DOW-UAP-D64, Mission Report, Iran, November 2020
Agency: Department of War
Incident date: 11/2/20
Incident location: Iran
Page 7
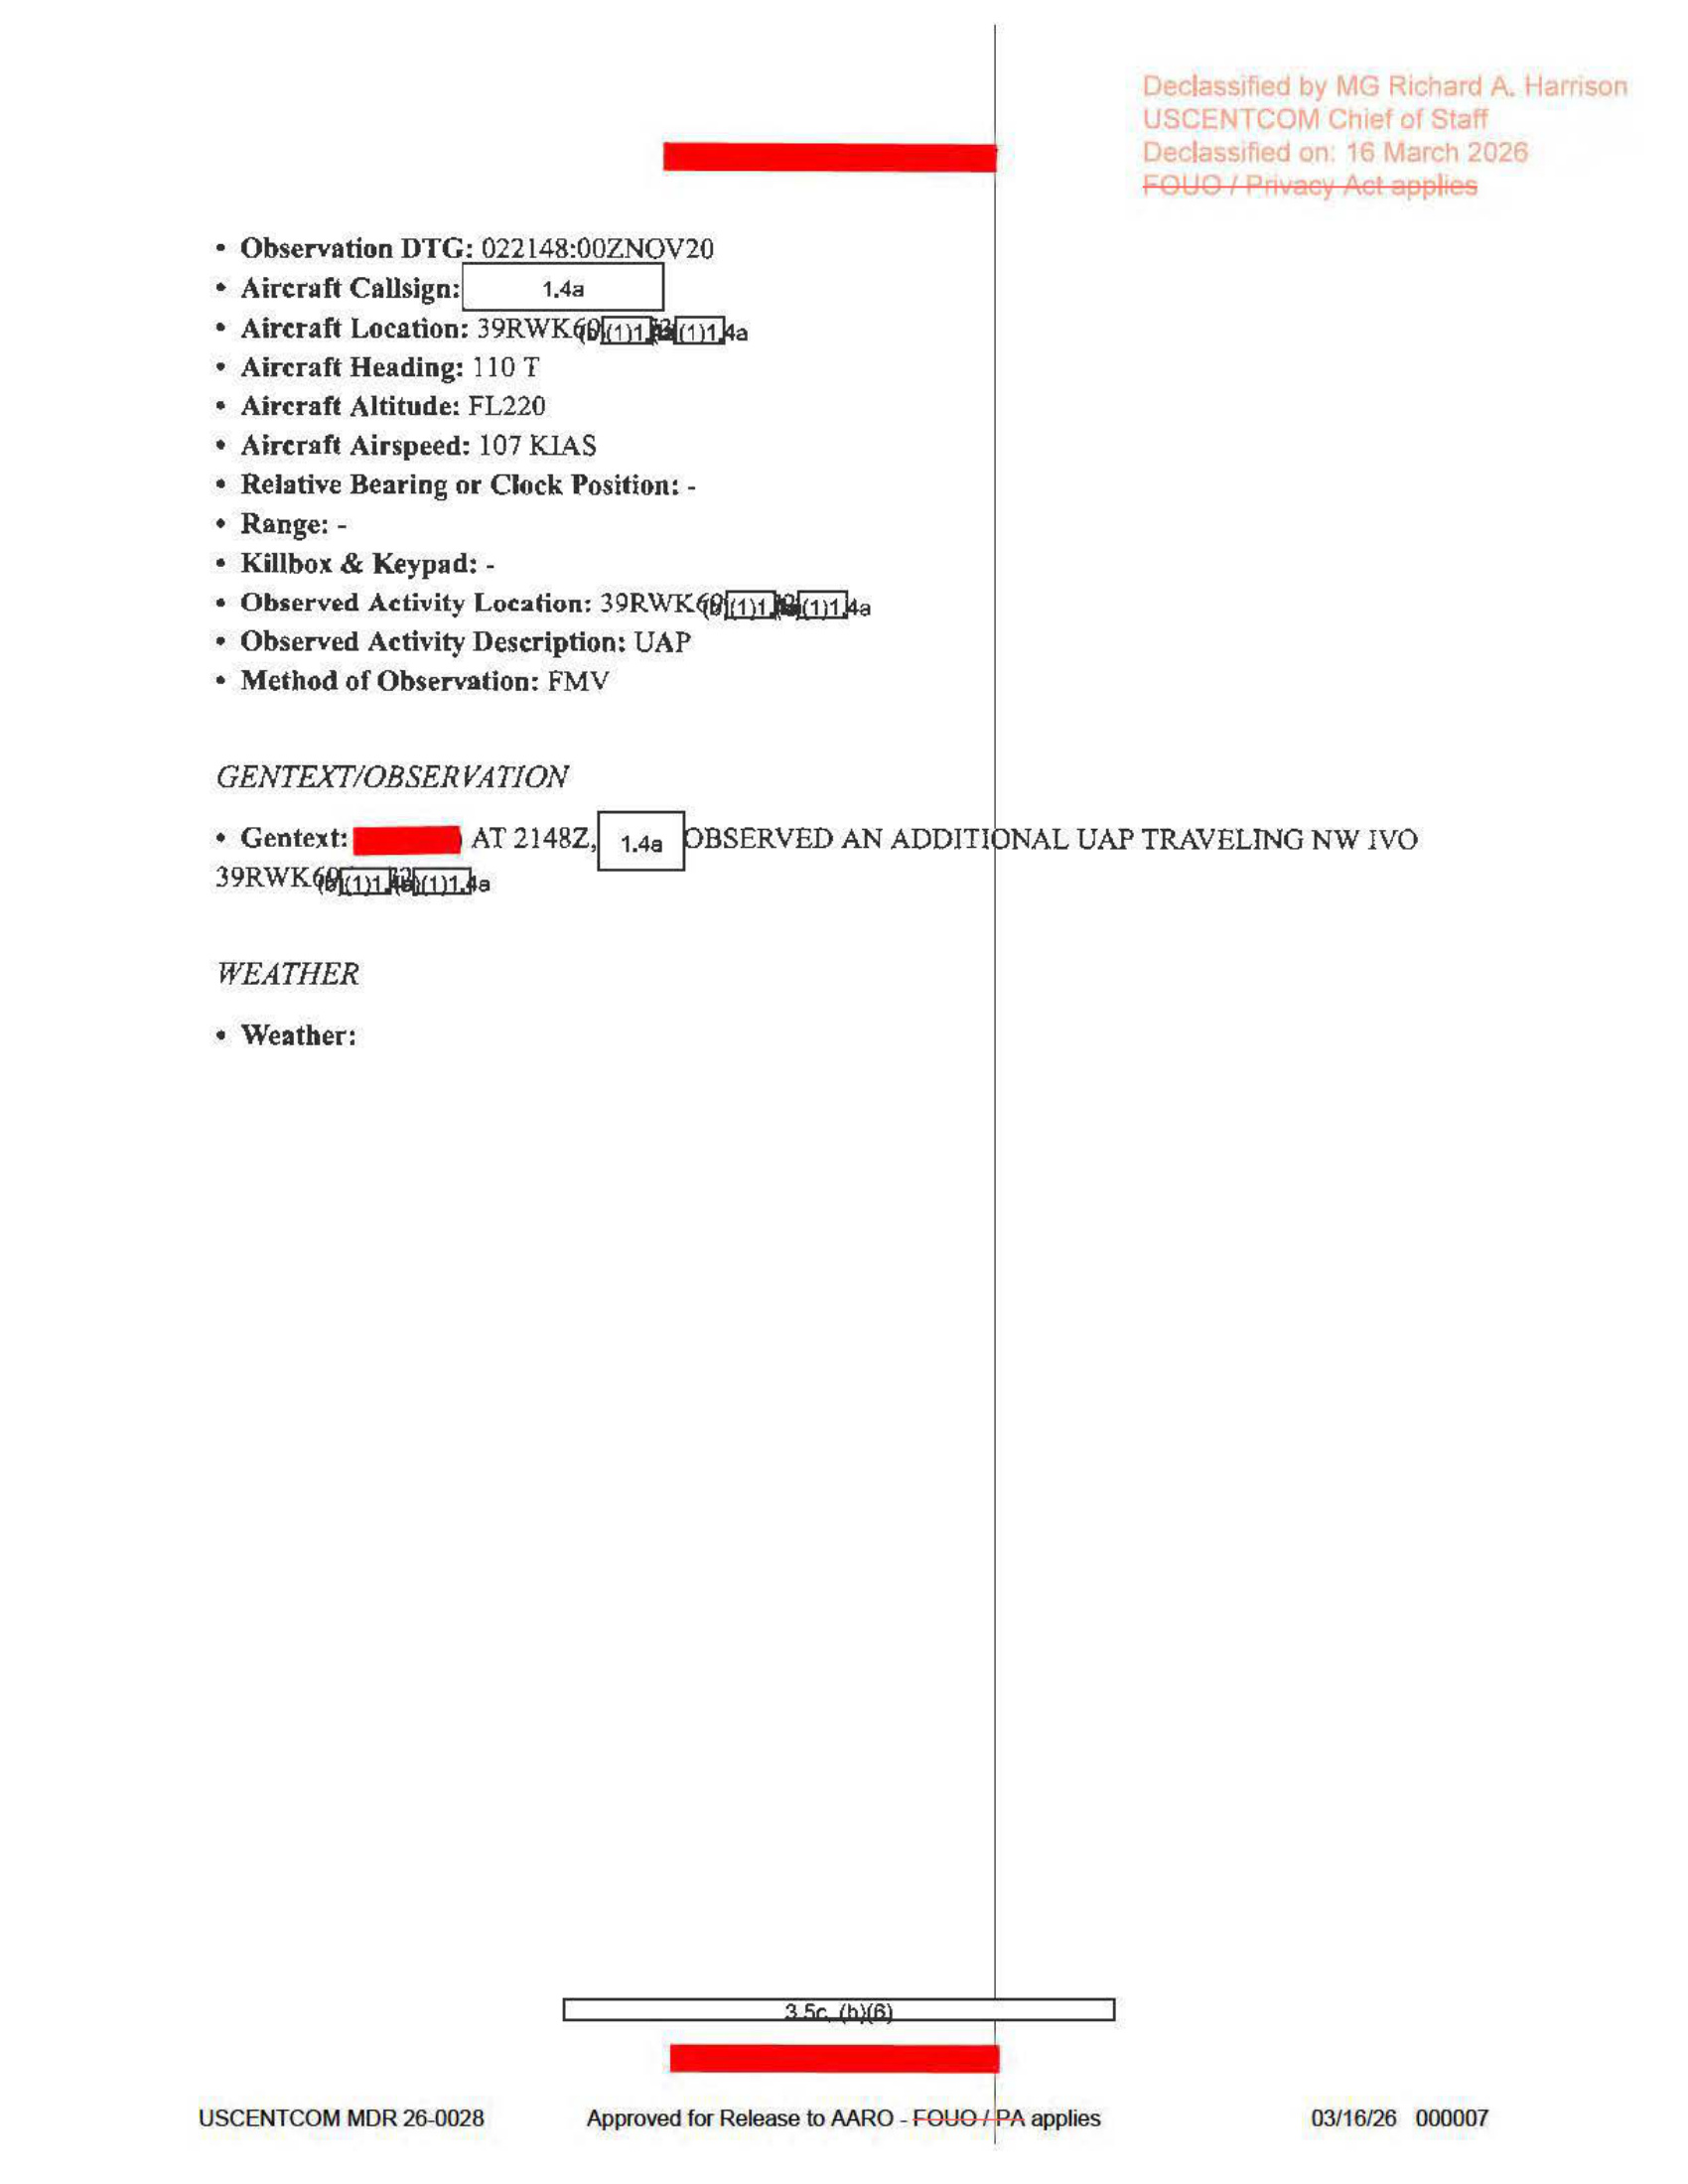